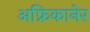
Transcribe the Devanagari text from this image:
अफ्रिकानेर